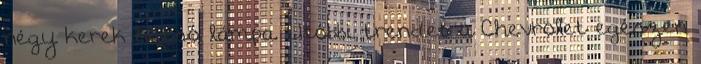
négy kerek hátsó lámpa. Utóbbi trendet a Chevrolet egészen